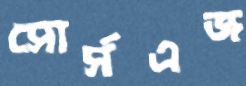
সোর্সএজ